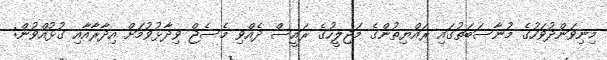
މިނިވަންދުވަހުގެ މުނާސަބަތުގައި ރައްޔިތުންގެ މަޖިލީހުގެ ރައީސް ދެއްވި މެސެޖް ވިދާޅުވުމަށް އިދާރާއާއި ގުޅުއްވުން: